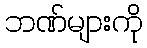
ဘဏ်များကို